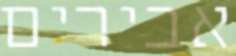
אבירים